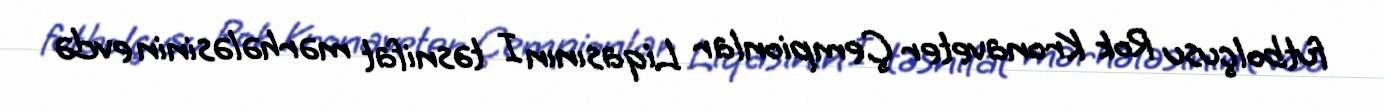
futbolçusu Rok Kronaveter Çempionlar Liqasının I təsnifat mərhələsinin evdə